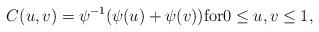
LaTeX: \begin{align*}C(u,v)=\psi^{-1}(\psi(u)+\psi(v))\textrm{for} 0\le u,v\le 1,\end{align*}